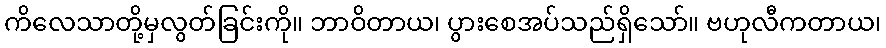
ကိလေသာတို့မှလွတ်ခြင်းကို။ ဘာဝိတာယ၊ ပွားစေအပ်သည်ရှိသော်။ ဗဟုလီကတာယ၊